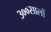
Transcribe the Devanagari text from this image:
३००सालों